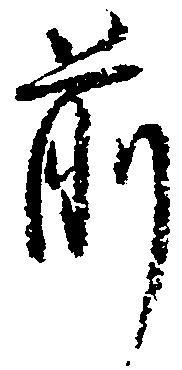
前